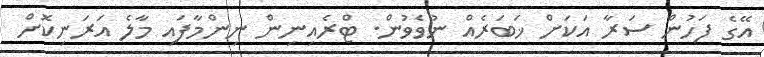
އޭގެ ފަހުން ސަރާ އަކަށް ޚަބަރެއް ނުވެވުން. ޓްރެއިނިން ނިންމާފައި މާލެ އަރަނިކޮށް